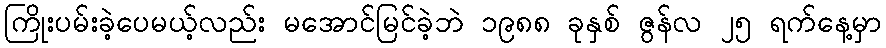
ကြိုးပမ်းခဲ့ပေမယ့်လည်း မအောင်မြင်ခဲ့ဘဲ ၁၉၈၈ ခုနှစ် ဇွန်လ ၂၅ ရက်နေ့မှာ